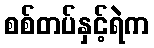
စစ်တပ်နှင့်ရဲက